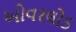
ઓવરલોડ